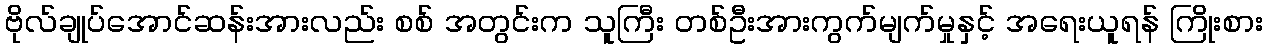
ဗိုလ်ချုပ်အောင်ဆန်းအားလည်း စစ် အတွင်းက သူကြီး တစ်ဦးအားကွက်မျက်မှုနှင့် အရေးယူရန် ကြိုးစား